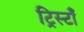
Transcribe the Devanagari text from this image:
ट्रिस्टाँ